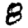
Digit: 8